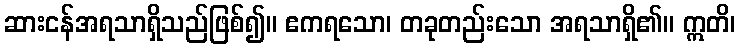
ဆားငန်အရသာရှိသည်ဖြစ်၍။ ဧကရသော၊ တခုတည်းသော အရသာရှိ၏။ ဣတိ၊